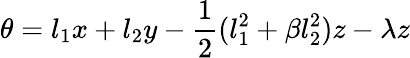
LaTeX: \theta=l_{1}x+l_{2}y-\frac{1}{2}(l_{1}^{2}+\beta l_{2}^{2})z-\lambda z